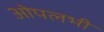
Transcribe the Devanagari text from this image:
ओपलभी